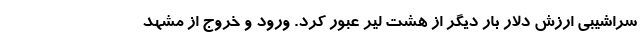
سراشیبی ارزش دلار بار دیگر از هشت لیر عبور کرد. ورود و خروج از مشهد